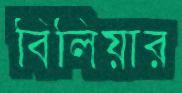
বিলিয়ার